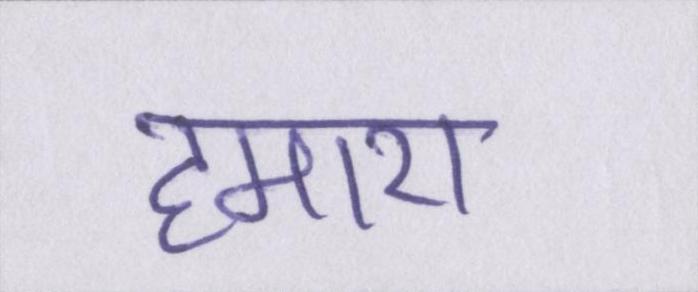
हमारा